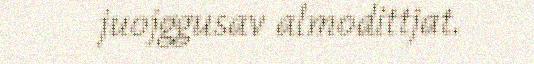
juojggusav almodittjat.